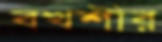
বখশীর